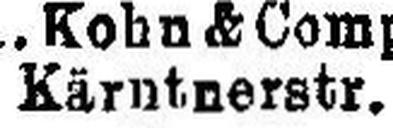
Kärntnerstr.